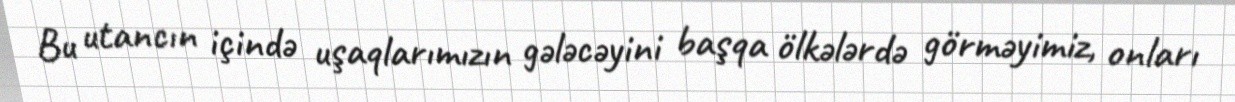
Bu utancın içində uşaqlarımızın gələcəyini başqa ölkələrdə görməyimiz, onları